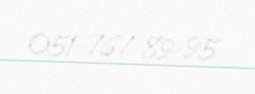
051-767-89-95